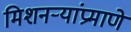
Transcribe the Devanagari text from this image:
मिशनऱ्यांप्रमाणे